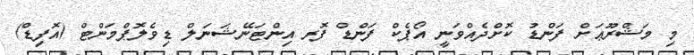
މި މަޝްރޫޢަށް ފަންޑު ކޮށްދެއްވަނީ އޯޕެކް ފަންޑް ފޮރ އިންޓަނޭޝަނަލް ޑިވެލޮޕްމަންޓް (އޮފިޑް)